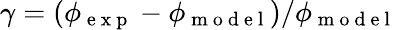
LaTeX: \gamma=(\phi_{\mathrm{~e~x~p~}}-\phi_{\mathrm{~m~o~d~e~l~}})/\phi_{\mathrm{~m~o~d~e~l~}}